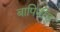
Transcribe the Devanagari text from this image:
बापिनीडु